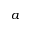
a